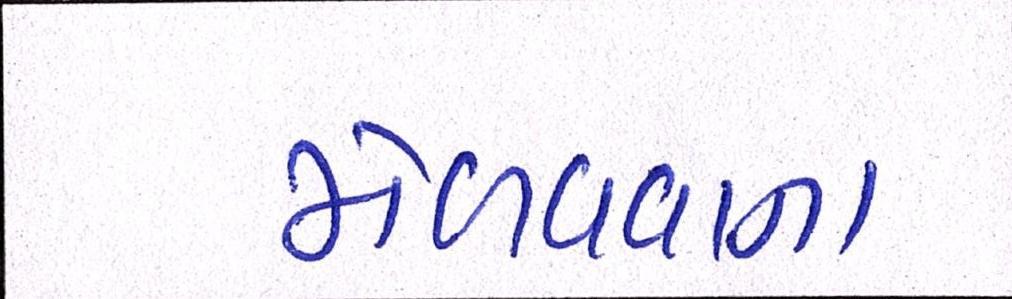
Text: મેળવવાના